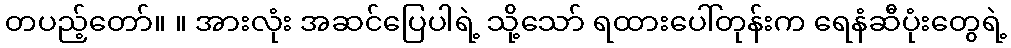
တပည့်တော်။ ။ အားလုံး အဆင်ပြေပါရဲ့ သို့သော် ရထားပေါ်တုန်းက ရေနံဆီပုံးတွေရဲ့